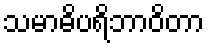
သမာဓိပရိဘာဝိတာ